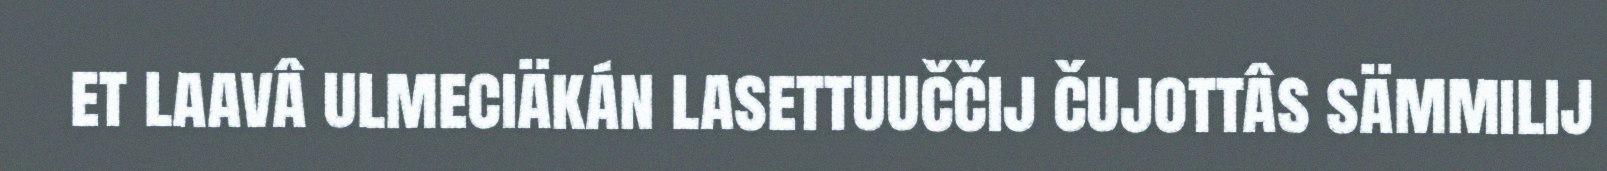
et laavâ ulmeciäkán lasettuuččij čujottâs sämmilij